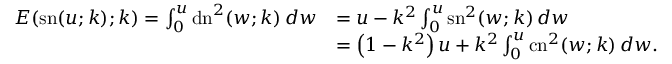
{ \begin{array} { r l } { E { \left( \operatorname { s n } ( u ; k ) ; k \right) } = \int _ { 0 } ^ { u } \operatorname { d n } ^ { 2 } ( w ; k ) \, d w } & { = u - k ^ { 2 } \int _ { 0 } ^ { u } \operatorname { s n } ^ { 2 } ( w ; k ) \, d w } \\ & { = \left( 1 - k ^ { 2 } \right) u + k ^ { 2 } \int _ { 0 } ^ { u } \operatorname { c n } ^ { 2 } ( w ; k ) \, d w . } \end{array} }